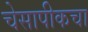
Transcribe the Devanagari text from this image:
चेसापीकचा